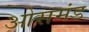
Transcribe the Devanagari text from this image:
ओसमंड